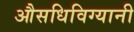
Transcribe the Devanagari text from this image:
औसधिविग्यानी